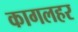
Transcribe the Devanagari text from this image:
कागलहर